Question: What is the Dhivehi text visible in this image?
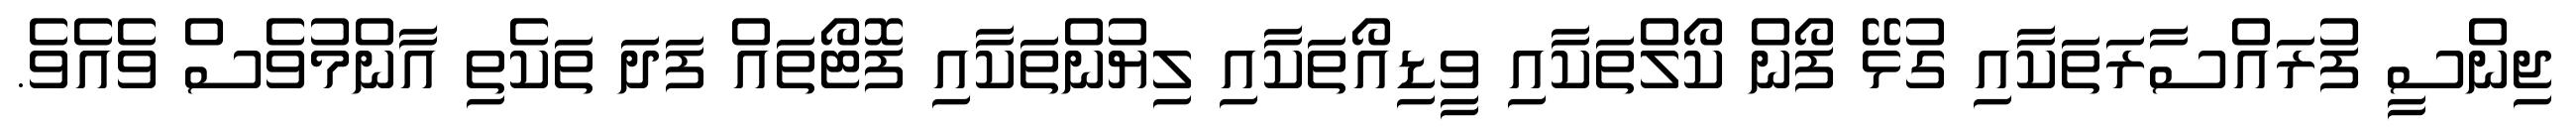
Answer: ޖިންސީ ފުރައްސާރަތަކާއި ގުޅޭ ފޯން ކޯލްތަކާއި ވީޑިއޯތަކާއި ލިޔުންތަކާއި ފޮޓޯތައް ފަދަ ތަކެތި އާންމުވެސް ވެއެވެ.